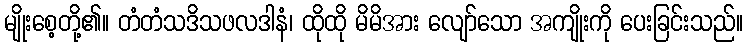
မျိုးစေ့တို့၏။ တံတံသဒိသဖလဒါနံ၊ ထိုထို မိမိအား လျော်သော အကျိုးကို ပေးခြင်းသည်။